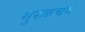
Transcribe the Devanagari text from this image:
गुरुबचन